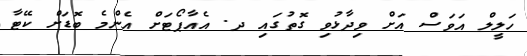
ހަލީލް އަވަސް އަށް ވިދާޅުވި ގޮތުގައި ދ. އެއާޕޯޓަށް އެންމެ ބޮޑަށް ކޭޓާ